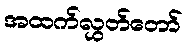
အထက်လွှတ်တော်